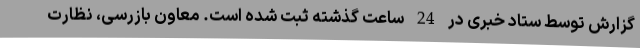
گزارش توسط ستاد خبری در 24 ساعت گذشته ثبت شده است. معاون بازرسی، نظارت